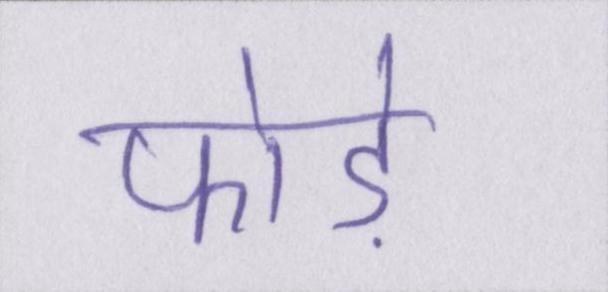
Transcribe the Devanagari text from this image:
फोड़े